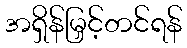
အရှိန်မြှင့်တင်ရန်